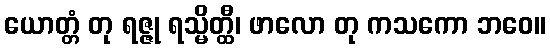
ယောတ္တံ တု ရဇ္ဇု ရသ္မိတ္ထီ၊ ဖာလော တု ကသကော ဘဝေ။